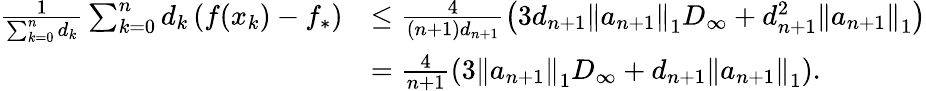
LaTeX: \begin{array}{rl}{\frac{1}{\sum_{k=0}^{n}d_{k}}\sum_{k=0}^{n}d_{k}\left(f(x_{k})-f_{*}\right)}&{\leq\frac{4}{(n+1)d_{n+1}}\left(3d_{n+1}\left\Vert a_{n+1}\right\Vert_{1}D_{\infty}+d_{n+1}^{2}\left\Vert a_{n+1}\right\Vert_{1}\right)}\\ &{=\frac{4}{n+1}\left(3\left\Vert a_{n+1}\right\Vert_{1}D_{\infty}+d_{n+1}\left\Vert a_{n+1}\right\Vert_{1}\right).}\end{array}